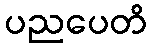
ပညပေတိ